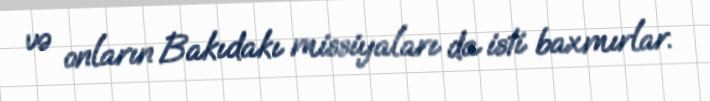
və onların Bakıdakı missiyaları da isti baxmırlar.